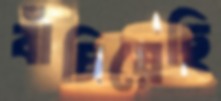
বাঁচিয়েছি